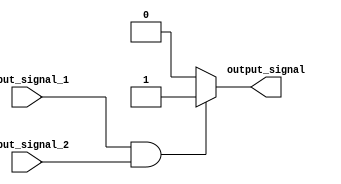
module generate_function (
    input wire input_signal_1,
    input wire input_signal_2,
    output reg output_signal
);

always @* begin
    if (input_signal_1 & input_signal_2) begin
        output_signal = 1;
    end else begin
        output_signal = 0;
    end
end

endmodule